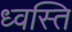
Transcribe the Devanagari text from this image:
ध्वस्ति